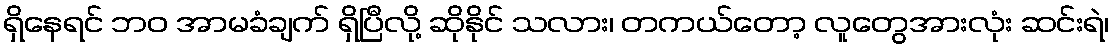
ရှိနေရင် ဘဝ အာမခံချက် ရှိပြီလို့ ဆိုနိုင် သလား၊ တကယ်တော့ လူတွေအားလုံး ဆင်းရဲ၊